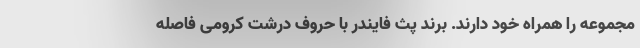
مجموعه را همراه خود دارند. برند پث فایندر با حروف درشت کرومی فاصله